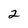
Character: 2